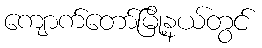
ကျောက်တော်မြို့နယ်တွင်